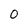
Character: 0